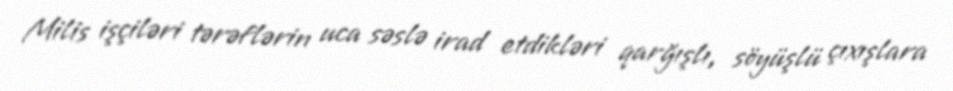
Milis işçiləri tərəflərin uca səslə irad etdikləri qarğışlı, söyüşlü çıxışlara